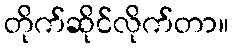
တိုက်ဆိုင်လိုက်တာ။